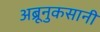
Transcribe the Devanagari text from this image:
अब्रूनुकसानी